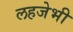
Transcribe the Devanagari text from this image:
लहजेभी